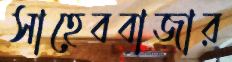
সাহেববাজার